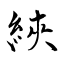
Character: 綊